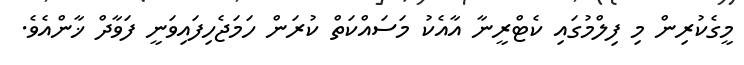
މީގެކުރިން މި ފިލްމުގައި ކެޓްރީނާ އާއެކު މަސައްކަތް ކުރަން ހަމަޖެހިފައިވަނީ ފަވާދް ޚާންއެެވެ.